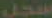
سجل